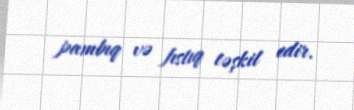
pambıq və fıstıq təşkil edir.